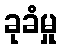
ခုခံမှု